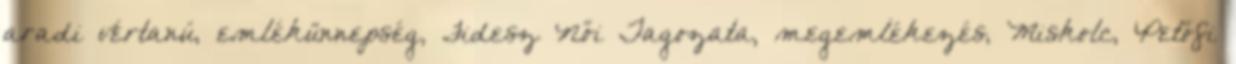
aradi vértanú, emlékünnepség, Fidesz Női Tagozata, megemlékezés, Miskolc, Petőfi